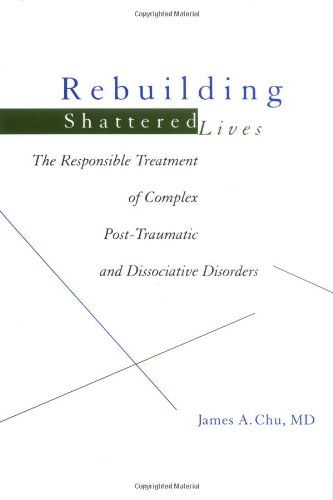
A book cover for Rebuilding Shattered Lives: The Responsible Treatment of Complex Post-Traumatic and Dissociative Disorders; James A. Chu; Health, Fitness & Dieting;